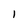
Character: 1